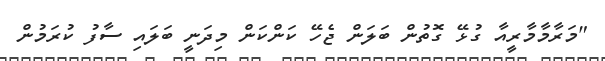
"މަރާމާމާރީއާ ގުޅޭ ގޮތުން ބަލަން ޖެހޭ ކަންކަން މިދަނީ ބަލައި ސާފު ކުރަމުން